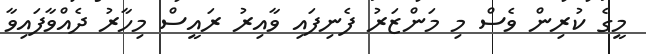
މީގެ ކުރިން ވެސް މި މަންޒަރު ފެނިފައި ވާއިރު ރައީސް މިހާރު ދެއްވާފައިވާ